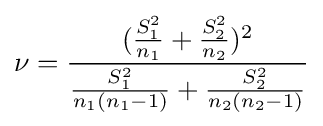
\nu ={\frac {({\frac {S_{1}^{2}}{n_{1}}}+{\frac {S_{2}^{2}}{n_{2}}})^{2}}{{\frac {S_{1}^{2}}{n_{1}(n_{1}-1)}}+{\frac {S_{2}^{2}}{n_{2}(n_{2}-1)}}}}